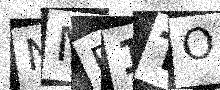
Text: NMB1TO